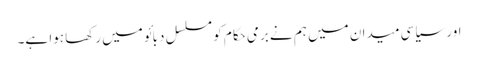
اور سیاسی میدان میں ہم نے برمی حکام کو مسلسل دبائو میں رکھا ہوا ہے۔